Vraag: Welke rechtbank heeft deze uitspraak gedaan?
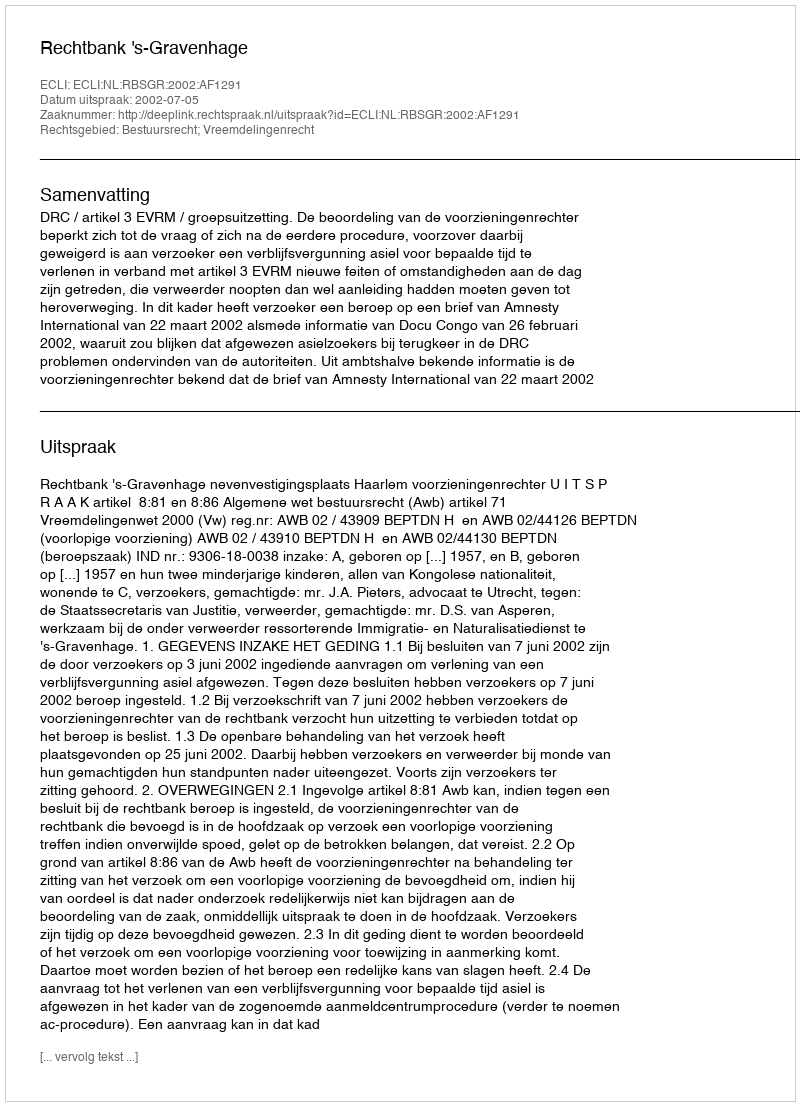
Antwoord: Rechtbank 's-Gravenhage